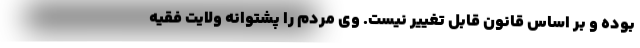
بوده و بر اساس قانون قابل تغییر نیست. وی مردم را پشتوانه ولایت فقیه